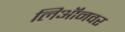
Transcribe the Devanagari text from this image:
लिऑनवर